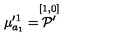
\mu _ { a _ { 1 } } ^ { \prime 1 } = \stackrel { [ 1 , 0 ] } { { \cal P } ^ { \prime } }